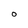
Character: O